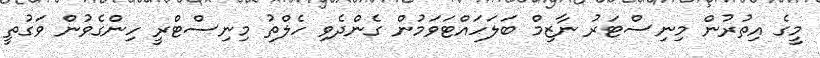
މީގެ އިތުރުން މިނިސްޓަރު ނާޒިމް ބަލަހައްޓަވަމުން ގެންދެވި ހެލްތު މިނިސްޓްރީ ހިންގެވުން ވަގުތީ